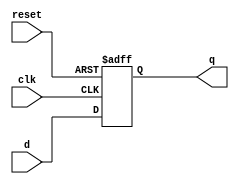
module d_ff(q, d, clk, reset);
    output q;
    input d, clk, reset;
    reg q;
    always @(posedge clk or negedge reset)
        if(!reset)
            q = 1'b0;
        else
            q = d;
endmodule

module reg_32bit(q, d, clk, reset);
    output [31:0] q;
    input [31:0] d;
    input clk, reset;

    genvar j;

    generate for(j = 0; j < 32; j = j + 1) begin
       d_ff d1(q[j], d[j], clk, reset); 
    end
    endgenerate
endmodule



module mux4_1(regData, q1, q2, q3, q4, reg_no);
    output [31:0]   regData;
    input [31:0] q1, q2, q3, q4;
    input [1:0] reg_no;
    reg[31:0] regData;

    always @(q1 or q2 or q3 or q4 or reg_no)    
    begin
        case(reg_no)
        2'b00: regData = q1;
        2'b01: regData = q2;
        2'b10: regData = q3;
        2'b11: regData = q4;
        endcase
    end
endmodule


module decoder2_4(register, reg_no);
    output [3:0] register;
    input [1:0] reg_no;
    reg[3:0] register;

    always@(reg_no)
    begin 
        case(reg_no)
        2'b00: register = 4'h1;
        2'b01: register = 4'h2;
        2'b10: register = 4'h4;
        2'b11: register = 4'h8;
        endcase
    end
endmodule

// module decoder2_4(register, reg_no);
//     output [3:0] register;
//     input [1:0] reg_no;

//     assign register[3] = reg_no[0] & reg_no[1], 
//     register[2] = reg_no[1] & ~reg_no[0], 
//     register[1] = ~reg_no[1] & reg_no[0], 
//     register[0] = ~reg_no[0] & ~reg_no[1];
// endmodule


module reg_file(clk, reset, ReadReg1, ReadReg2, WriteData, WriteReg, RegWrite, ReadData1, ReadData2);
    input clk, reset, RegWrite;
    input [1:0] ReadReg1, ReadReg2, WriteReg;
    input [31:0] WriteData;
    output [31:0] ReadData1, ReadData2; 
    wire [3:0] decoder_out;
    wire [3:0] reg_clk;
    genvar j;
    decoder2_4 mod1(decoder_out, WriteReg);
    wire [31:0] q0,q1, q2, q3;
    generate for(j =0; j< 4; j=  j+1) begin
        and(reg_clk[j], clk, RegWrite, decoder_out[j]);
    end
    endgenerate

    reg_32bit r0(q0, WriteData, reg_clk[0], reset);
    reg_32bit r1(q1, WriteData, reg_clk[1], reset);
    reg_32bit r2(q2, WriteData, reg_clk[2], reset);
    reg_32bit r3(q3, WriteData, reg_clk[3], reset);
    
    mux4_1 mux1(ReadData1, q0, q1, q2, q3, ReadReg1);
    mux4_1 mux2(ReadData2, q0, q1, q2, q3, ReadReg2);
endmodule



module tbRegFile4;
  reg Clock, Reset, RegWrite;
  reg [1:0] ReadReg1, ReadReg2, WriteRegNo;
  reg [31:0]  WriteData;
  wire  [31:0]  ReadData1, ReadData2;
  reg_file rgf(Clock, Reset, ReadReg1, ReadReg2, WriteData, WriteRegNo, RegWrite, ReadData1, ReadData2);
  initial begin
    $monitor($time, ": Reset = %b, RegWrite = %b, ReadReg1 = %b, ReadReg2 = %b, WriteRegNo = %b, WriteData = %b, ReadData1 = %b, ReadData2 = %b.", Reset, RegWrite, ReadReg1, ReadReg2, WriteRegNo, WriteData, ReadData1, ReadData2);
    #0  Clock = 1'b1; ReadReg1 = 2'b00; ReadReg2 = 2'b01; Reset = 1'b1;
    #2  Reset = 1'b0;
    #10 Reset = 1'b1; RegWrite = 1'b1;  WriteData = 32'hF0F0F0F0; WriteRegNo = 2'b00;
    #10 RegWrite = 1'b1;  WriteData = 32'hF8F8F8F8; WriteRegNo = 2'b01;
    #10 RegWrite = 1'b1;  WriteData = 32'hFAFAFAFA; WriteRegNo = 2'b10;
    #10 RegWrite = 1'b1;  WriteData = 32'hFFFFFFFF; WriteRegNo = 2'b11;
    #10 RegWrite = 1'b0;
    #10 ReadReg1 = 2'b00; ReadReg2 = 2'b01;
    #10 ReadReg1 = 2'b10; ReadReg2 = 2'b11;
    #10 $finish;
  end
  always
    #5  Clock = ~Clock;
endmodule



// module tb_mux;
//     wire[31:0] regData;
//     reg [31:0] q1, q2, q3, q4;
//     reg[1:0] reg_no;

//     mux4_1 m(regData, q1, q2, q3, q4, reg_no);

//     initial begin
//         $monitor(, $time, " q1 = %b, q2 = %b, q3 = %b, q4 = %b, regData = %b, reg_no = %b", q1, q2, q3, q4, regData, reg_no);
//         #5 q1 = 32'hFFFFFFFF; q2 = 32'h00000000; q3 = 32'h00000000; q4 = 32'h00000000; reg_no = 2'b00;
//         #5 q2 = 32'hFFFFFFFF; q1 = 32'h00000000; q3 = 32'h00000000; q4 = 32'h00000000; reg_no = 2'b01;
//         #5 q3 = 32'hFFFFFFFF; q2 = 32'h00000000; q1 = 32'h00000000; q4 = 32'h00000000; reg_no = 2'b10;
//         #5 q4 = 32'hFFFFFFFF; q2 = 32'h00000000; q3 = 32'h00000000; q1 = 32'h00000000; reg_no = 2'b11;
//     end
// endmodule

// module tb32reg;
//     wire [31:0] q;
//     reg [31:0] d;
//     reg clk, reset;

//     reg_32bit r(q, d, clk, reset);

//     always begin
//     #2 clk = ~clk;
//     end

//     initial begin
//         $monitor(, $time, " d = %b, q = %b, reset = %b", d, q, reset);
//         clk = 1'b0;
//         reset = 1'b0;
//         d = 32'h0000;
//         #1 reset = 1'b1;
//          d = 32'h0001;
//         #5 d = 32'h0010;
//         #5 d = 32'hffffffff;
//         #5 $finish;
//     end
// endmodule